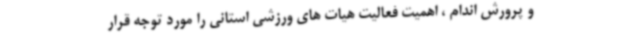
و پرورش اندام ، اهمیت فعالیت هیات های ورزشی استانی را مورد توجه قرار